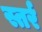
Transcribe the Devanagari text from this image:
स्तर्र